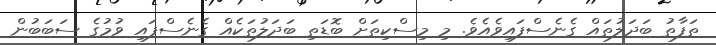
ތަފާތު ބަދަލުތައް ގެނެސްފައިވެއެވެ. މި މިސްކިތަށް ބޮޑަތި ބަދަލުތަކެއް ގެނެސްފައި ވުމުގެ ސަބަބުން